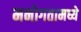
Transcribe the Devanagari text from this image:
मनोगतामध्ये